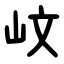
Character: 㞶